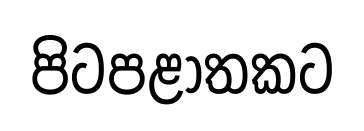
පිටපළාතකට